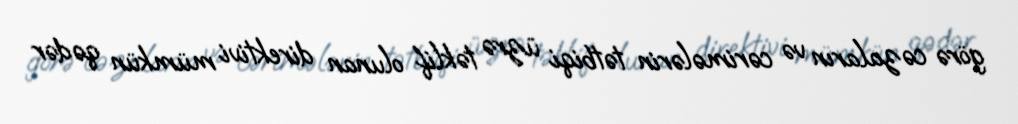
görə cəzaların və cərimələrin tətbiqi üzrə təklif olunan direktivi mümkün qədər